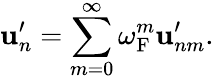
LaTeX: {\mathbf{u}}_{n}^{\prime}=\sum_{m=0}^{\infty}\omega_{\mathrm{{F}}}^{m}{\mathbf{u}}_{nm}^{\prime}.